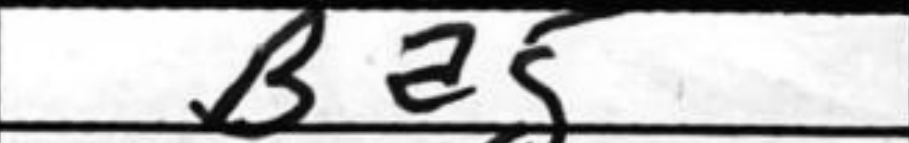
Transcription: Ba5